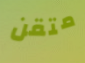
متقن